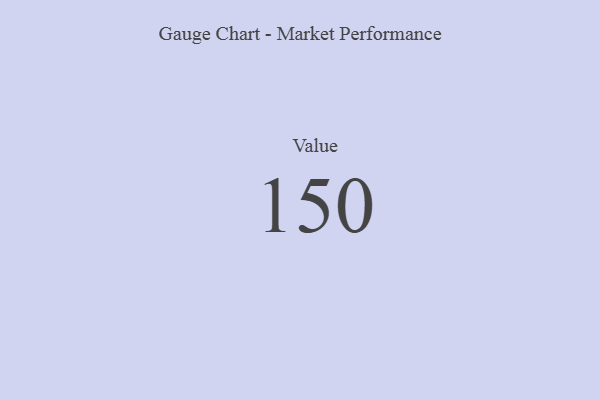
{"axis": {"x": "Metric", "y": "Value"}, "legend": [""], "data": [{"x": "Value", "y": 150, "type": ""}]}